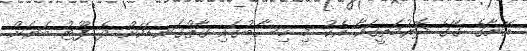
އޭނާގެ ގޭގެ ދޮރުމަތީގައާ އެކު މި ހިސާބުގައި ގާތްގަނޑަކަށް ދެ ފޫޓު ބަޔަށް